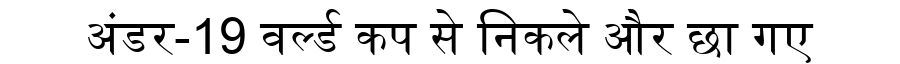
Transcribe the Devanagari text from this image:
अंडर-19 वर्ल्ड कप से निकले और छा गए